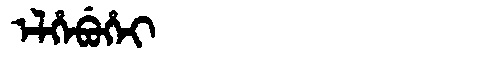
Manchu: ᡝᠯᡥᡝᠪᡠᡥᡝᡳ
Romanization: ELHEBUHEI